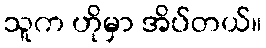
သူက ဟိုမှာ အိပ်တယ်။